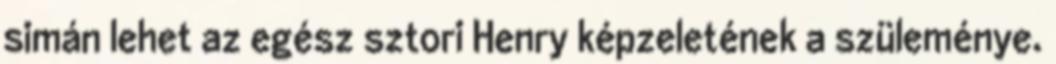
simán lehet az egész sztori Henry képzeletének a szüleménye.